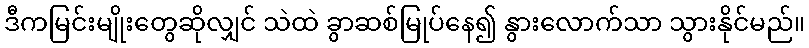
ဒီကမြင်းမျိုးတွေဆိုလျှင် သဲထဲ ခွာဆစ်မြုပ်နေ၍ နွားလောက်သာ သွားနိုင်မည်။